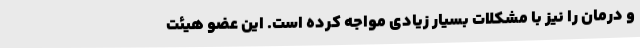
و درمان را نیز با مشکلات بسیار زیادی مواجه کرده است. این عضو هیئت